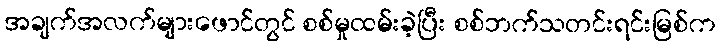
အချက်အလက်များဖောင်တွင် စစ်မှုထမ်းခဲ့ပြီး စစ်ဘက်သတင်းရင်းမြစ်က